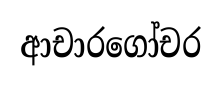
ආචාරගෝචර